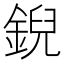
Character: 𫒪